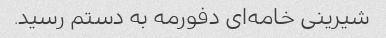
شیرینی خامه‌ای دفورمه به دستم رسید.